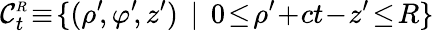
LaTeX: {\cal C}_{t}^{\scriptscriptstyle R}\! \equiv\! \{ (\rho^{\prime}\! ,\varphi^{\prime}\! ,z^{\prime})\: \: |\: \: 0\! \le\! \rho^{\prime}\! +\! ct\! -\! z^{\prime}\! \le\! R\}